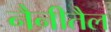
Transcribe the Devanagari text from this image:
नैनीतैल